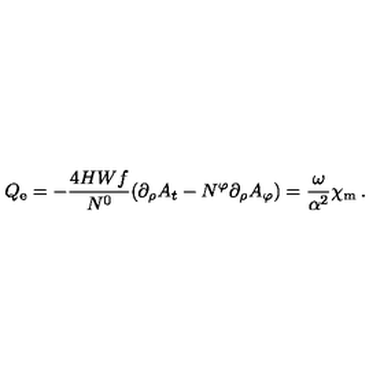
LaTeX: Q _ { \mathrm { e } } = - \frac { 4 H W f } { N ^ { 0 } } ( \partial _ { \rho } A _ { t } - N ^ { \varphi } \partial _ { \rho } A _ { \varphi } ) = \frac { \omega } { \alpha ^ { 2 } } \chi _ { \mathrm { m } } \: .